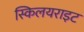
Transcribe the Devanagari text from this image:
स्किलयराइट